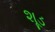
શૂડ